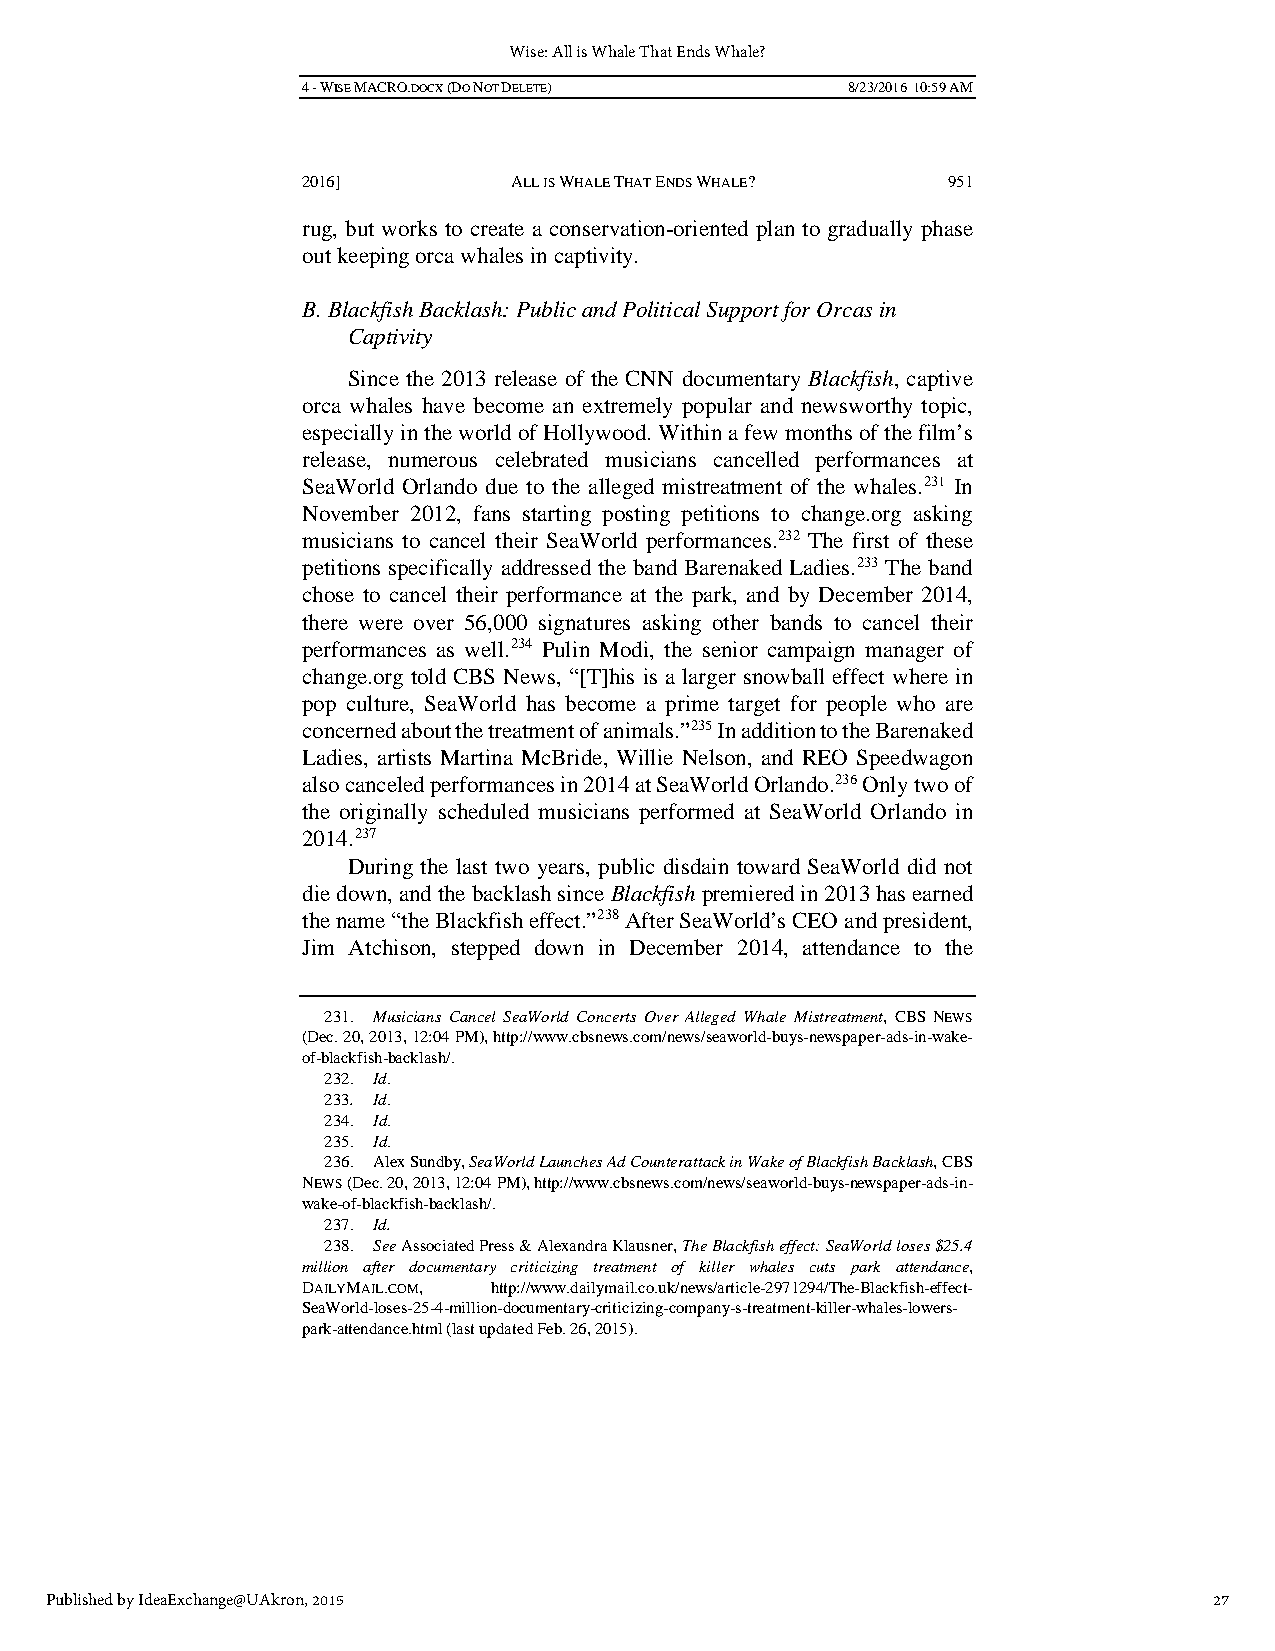
Wise: All is Whale That Ends Whale?
 4 - WISE MACRO.DOCX (DO NOT DELETE) 8/23/2016 10:59 AM
 2016]         ALL IS WHALE THAT ENDS WHALE? 951
 rug, but works to create a conservation-oriented plan to gradually phase
 out keeping orca whales in captivity.
 B. Blackfish Backlash: Public and Political Support for Orcas in
 Captivity
 Since the 2013 release of the CNN documentary Blackfish, captive
 orca whales have become an extremely popular and newsworthy topic,
 especially in the world of Hollywood. Within a few months of the film’s
 release, numerous celebrated musicians cancelled performances at
 SeaWorld Orlando due to the alleged mistreatment of the whales.231 In
 November 2012, fans starting posting petitions to change.org asking
 musicians to cancel their SeaWorld performances.232 The first of these
 petitions specifically addressed the band Barenaked Ladies.233 The band
 chose to cancel their performance at the park, and by December 2014,
 there were over 56,000 signatures asking other bands to cancel their
 performances as well.234 Pulin Modi, the senior campaign manager of
 change.org told CBS News, “[T]his is a larger snowball effect where in
 pop culture, SeaWorld has become a prime target for people who are
 concerned about the treatment of animals.”235 In addition to the Barenaked
 Ladies, artists Martina McBride, Willie Nelson, and REO Speedwagon
 also canceled performances in 2014 at SeaWorld Orlando.236 Only two of
 the originally scheduled musicians performed at SeaWorld Orlando in
 2014.237
 During the last two years, public disdain toward SeaWorld did not
 die down, and the backlash since Blackfish premiered in 2013 has earned
 the name “the Blackfish effect.”238 After SeaWorld’s CEO and president,
 Jim Atchison, stepped down in December 2014, attendance to the
 231. Musicians Cancel SeaWorld Concerts Over Alleged Whale Mistreatment, CBS NEWS
 (Dec. 20, 2013, 12:04 PM), http://www.cbsnews.com/news/seaworld-buys-newspaper-ads-in-wake-
 of-blackfish-backlash/.
 232. Id.
 233. Id.
 234. Id.
 235. Id.
 236. Alex Sundby, SeaWorld Launches Ad Counterattack in Wake of Blackfish Backlash, CBS
 NEWS (Dec. 20, 2013, 12:04 PM), http://www.cbsnews.com/news/seaworld-buys-newspaper-ads-in-
 wake-of-blackfish-backlash/.
 237. Id.
 238. See Associated Press & Alexandra Klausner, The Blackfish effect: SeaWorld loses $25.4
 million after documentary criticizing treatment of killer whales cuts park attendance,
 DAILYMAIL.COM, http://www.dailymail.co.uk/news/article-2971294/The-Blackfish-effect-
 SeaWorld-loses-25-4-million-documentary-criticizing-company-s-treatment-killer-whales-lowers-
 park-attendance.html (last updated Feb. 26, 2015).
 Published by IdeaExchange@UAkron, 2015                                       27